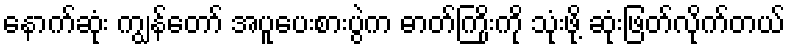
နောက်ဆုံး ကျွန်တော် အပူပေးစားပွဲက ဓာတ်ကြိုးကို သုံးဖို့ ဆုံးဖြတ်လိုက်တယ်